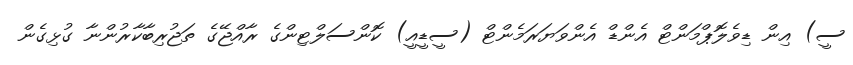
ސީ) އިން ޑިވެލޮޕްމަންޓް އެންޑް އެންވަޔަރަމެންޓް (ސީޑީއީ) ކޮންސަލްޓިންގެ ރާއްޖޭގެ ތަޖުރިބާކާރުންނާ ގުޅިގެން